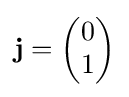
\mathbf {j} ={\begin{pmatrix}0\\1\end{pmatrix}}